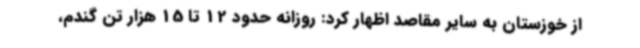
از خوزستان به سایر مقاصد اظهار کرد: روزانه حدود 12 تا 15 هزار تن گندم،